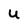
Character: U